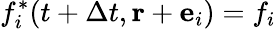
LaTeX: f_{i}^{*}(t+\Delta t,\mathbf{r}+{\mathbf e}_{i})=f_{i}